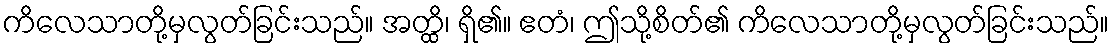
ကိလေသာတို့မှလွတ်ခြင်းသည်။ အတ္ထိ၊ ရှိ၏။ ဧတံ၊ ဤသို့စိတ်၏ ကိလေသာတို့မှလွတ်ခြင်းသည်။